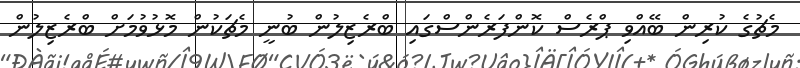
މެޗުގެ ކުރިން ބޭއްވި ޕްރެސް ކޮންފަރެންސްގައި ބްރެޒިލުން ބުނީ މެޗަކުން މޮޅުވުމަށް ބްރެޒިލުން